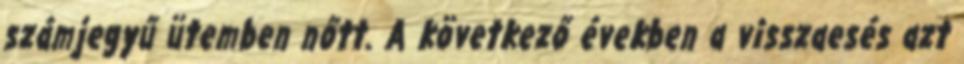
számjegyű ütemben nőtt. A következő években a visszaesés azt